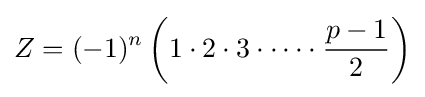
Z=(-1)^{n}\left(1\cdot 2\cdot 3\cdot \cdots \cdot {\frac {p-1}{2}}\right)